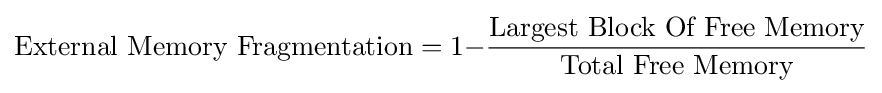
{{\text{External Memory Fragmentation}}=1-}{\frac {\text{Largest Block Of Free Memory}}{\text{Total Free Memory}}}